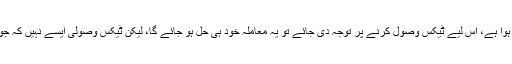
قرضوں کا مسئلہ ٹیکس وصولیوں سے جڑا ہوا ہے، اس لیے ٹیکس وصول کرنے پر توجہ دی جائے تو یہ معاملہ خود ہی حل ہو جائے گا، لیکن ٹیکس وصولی ایسے نہیں کہ جو پہلے سے دے رہے ہیں، ان پر ہی پل پڑو۔